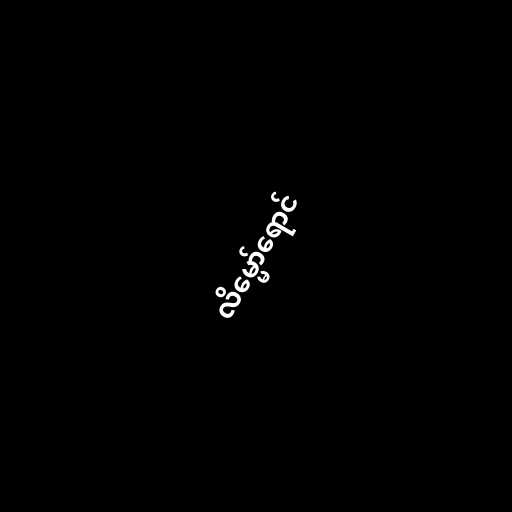
လိမ္မော်ရောင်